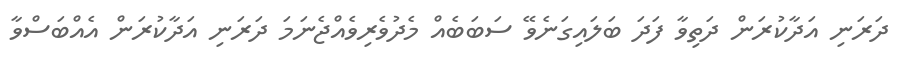
ދަރަނި އަދާކުރަން ދަތިވާ ފަދަ ބަލައިގަނެވޭ ސަބަބެއް މެދުވެރިވެއްޖެނަމަ ދަރަނި އަދާކުރަން އެއްބަސްވާ